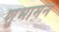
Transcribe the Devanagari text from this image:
शुभामन